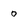
Character: o